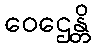
ဝေဌေန္တိ